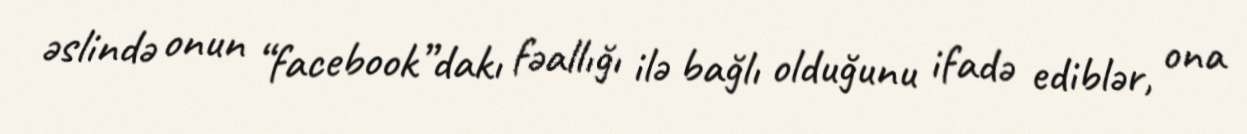
əslində onun “facebook”dakı fəallığı ilə bağlı olduğunu ifadə ediblər, ona